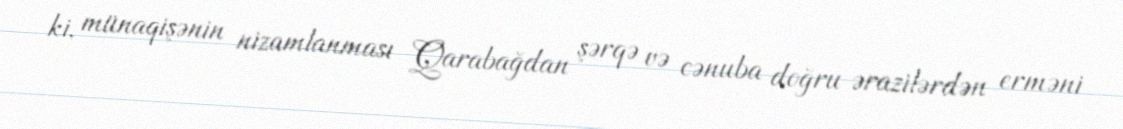
ki, münaqişənin nizamlanması Qarabağdan şərqə və cənuba doğru ərazilərdən erməni